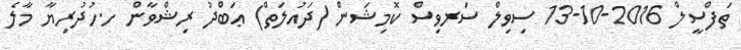
ތަފްސީލް 2016-10-13 ސިވިލް ސަރވިސް ކޮމިޝަން (ދައުލަތް) ޢަބްދު ރިޝްވާން ހ.ހުދުރިޔާ މާލެ